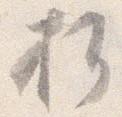
折